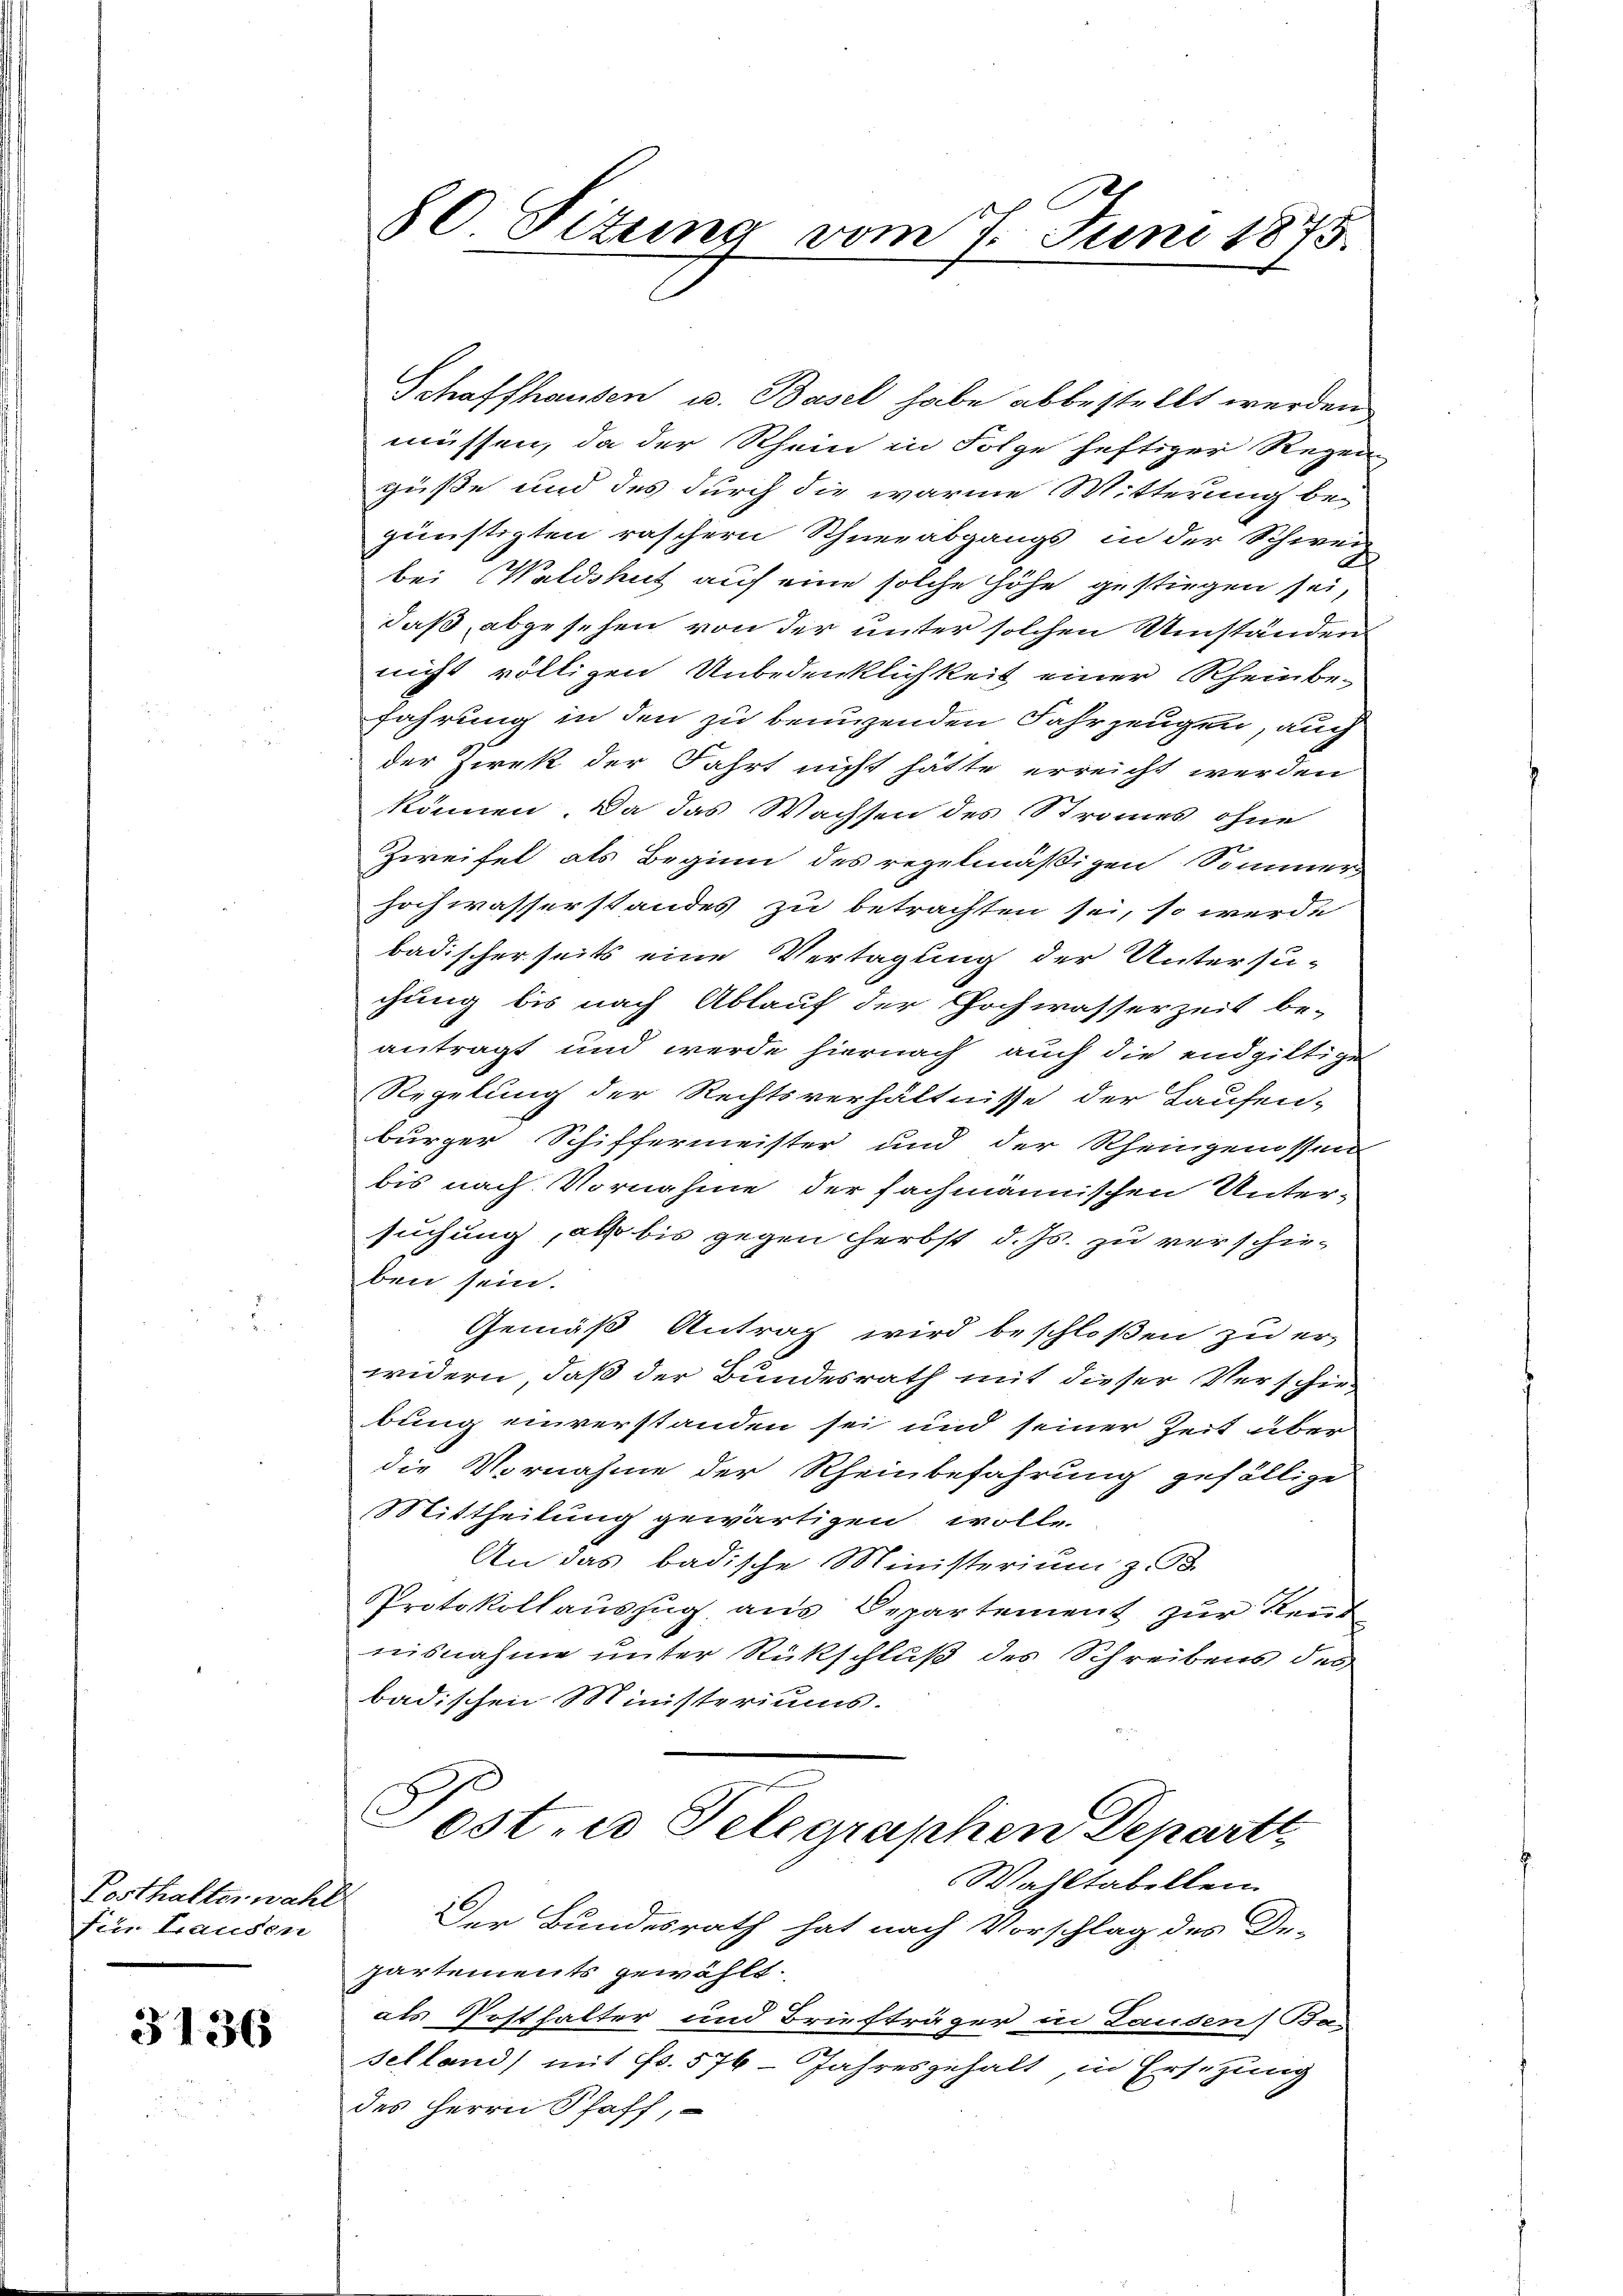
Posthalter wah
fin Hausen

3136

80. Situng vom 7. Juni 1875.

Schaffhausen u. Basel habe abbestellt werden.
müssen, da der Rhein in Folge heftiger Regen
güße und des durch die warme Witterung be-
günstigten raschern Schneeabgangs in der Schweiz
bei Waldshut auf eine solche Höhe gestiegen sei,
daß, abgesehen von der unter solchen Umständen
nicht völligen Unbedenklichkeit einer Rheinbefahrung in den zu benuzenden Fahrzeugen, auch
der Zwek der Fahrt nicht hätte erreicht werden
können. Da das Wachsen des Stromes ohne
Zweifel als Beginn des regelmäßigen Sommer
hochwasserstandes zu betrachten sei, so werde
badischerseits eine Vertagung der Untersu-
chung bis nach Ablauf der Hochwasserzeit be-
antragt und werde hiernach auch die endgültigen
Regelung der Rechtsverhältnisse der Taufen-
burger Schiffermeister und der Rheingenossen
bis nach Vornahme der fachmännischen Unter-
suchung, als bis gegen Herbst d. Js. zu verschie-
ben sein.
Gemäß Antrag wird beschloßen zu er-
widern, daß der Bundesrath mit dieser Verschiebung einverstanden sei und seiner Zeit über
die Vornahme der Rheinbefahrung gefällige
Mittheilung gewärtigen wolle.
An das badische Ministerium z
Protokollauszug aus Departement zur Rent
nisnahme unter Rückschluß des Schreibens des
badischen Ministeriums.
 f
Post- u Telegraphen Departe
Wahltabellein
c
Der Bundesrath hat nach Vorschlag des De-
partements gewählt.
als Posthalter und Briefträger in Landen Baselland) mit Fr. 576 Jahresgehalt, in Ersetzung
des Herrn Schaff,